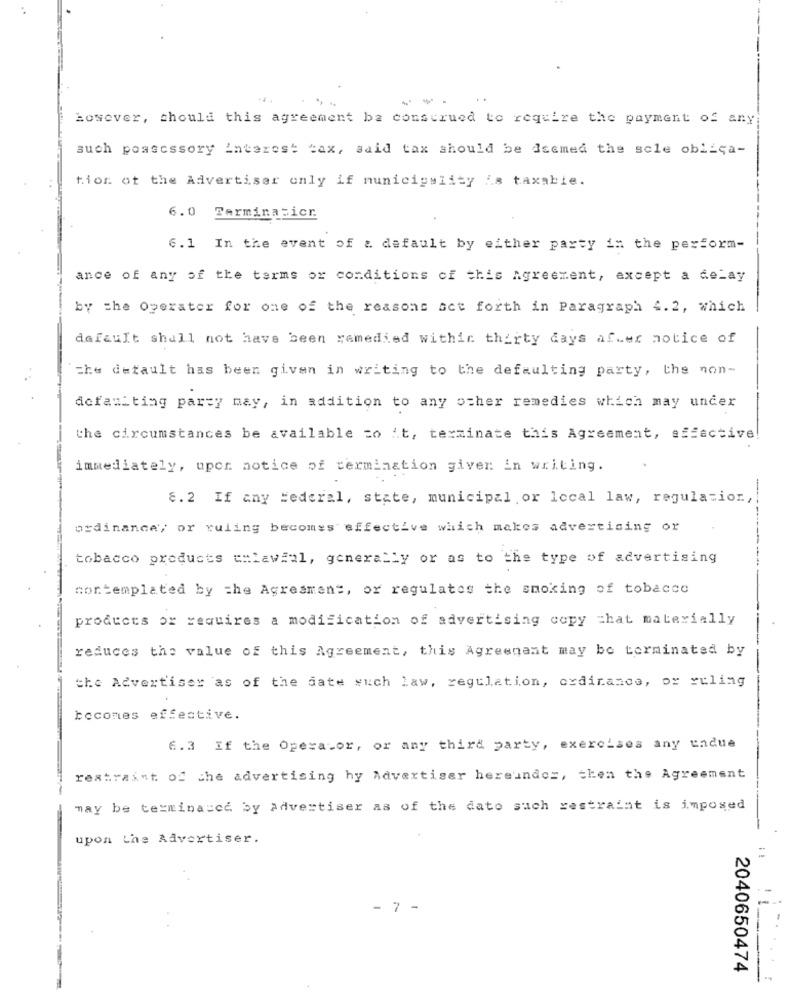
---
. .
However, should this agreement be construed to require the payment of any
such poascssory interest tax, said tax should be Isemed the scle obliga-
tior ot the Advertiser only if municipality is taxable.
6.0 Terminalicr
6.1 In the event of & default by either party in the perform-
ance of any of the terms or conditions of this Agreement, except a delay
by the Operater for one of the reasons set forth in Paragraph 4.2, which
dafault shall not have been remedied within thirty days after notice of
The default has been given in writing to the defaulting party, the non-
defaulting party may, in addition to any other remedies which may uncer
the circumstances be available to it, terminate this Agreement, effective!
immediately, upor notice of termination giver in writing.
8.2 If any Federal, state, municipal or local law, regulation,
ordinance; or ruling becomes effective which makes advertising or
tobacco products unlawful, generally or as to the type of advertising
contemplated by the Agresment, or regulates the smoking of tobacco
products or requires a modification of advertising copy chat materially
reduces the value of this Agreement, this Agreement may be terminated by
the Advertiser as of the date such law, regulation, ordinance, or ruling
becomes effective.
6.3 If the Operator, or any third party, exercises any undue
restraint of the advertising hy Advertiser hereundos, then the Agreement
may be texminacce by advertiser as of the dato such restraint is imposed
upon the Advertiser.
- 7 -
-.
2040650474